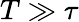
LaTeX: T\gg\tau